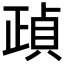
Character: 𣦓